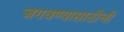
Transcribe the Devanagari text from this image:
जगवण्यासाठीची